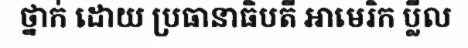
ថ្នាក់ ដោយ ប្រធានាធិបតី អាមេរិក ប្លីល